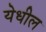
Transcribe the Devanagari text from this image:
येधील